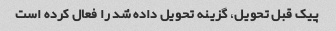
پیک قبل تحویل، گزینه تحویل داده شد را فعال کرده است